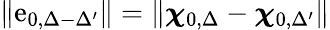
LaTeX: \| \mathrm{e}_{0,\Delta-\Delta^{\prime}}\| =\| \boldsymbol{\chi}_{0,\Delta}-\boldsymbol{\chi}_{0,\Delta^{\prime}}\|